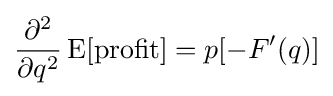
{\frac {\partial ^{2}}{\partial q^{2}}}\operatorname {E} [{\text{profit}}]=p[-F'(q)]